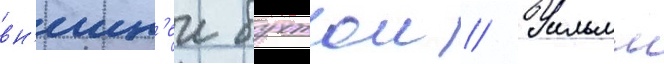
вн'ешн'еи бухтои // Уильям